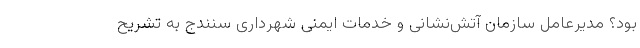
بود؟ مدیرعامل سازمان آتش‌نشانی و خدمات ایمنی شهرداری سنندج به تشریح